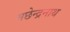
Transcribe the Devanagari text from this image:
मछेन्द्रनाथ